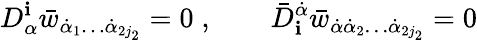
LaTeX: D_{\alpha}^{\mathbf{i}}\bar{{w}}_{\dot{{\alpha}}_{1}\ldots\dot{{\alpha}}_{2j_{2}}}=0\; ,\qquad\bar{{D}}_{\mathbf{i}}^{\dot{{\alpha}}}\bar{{w}}_{\dot{{\alpha}}\dot{{\alpha}}_{2}\ldots\dot{{\alpha}}_{2j_{2}}}=0